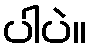
ပါပဲ။